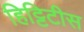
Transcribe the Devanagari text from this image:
हिट्टिटीस